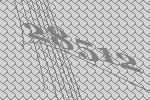
28512